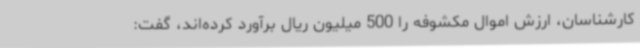
کارشناسان، ارزش اموال مکشوفه را 500 میلیون ریال برآورد کرده‌اند، گفت: